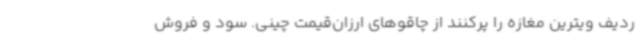
ردیف ویترین مغازه را پرکنند از چاقوهای ارزان‌قیمت چینی. سود و فروش